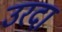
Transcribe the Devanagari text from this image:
उरदा